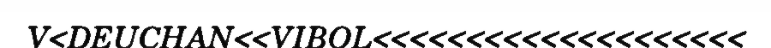
V<DEUCHAN<<VIBOL<<<<<<<<<<<<<<<<<<<<